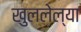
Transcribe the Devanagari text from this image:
खुललेल्या